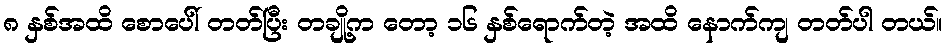
၈ နှစ်အထိ စောပေါ် တတ်ပြီး တချို့က တော့ ၁၆ နှစ်ရောက်တဲ့ အထိ နောက်ကျ တတ်ပါ တယ်။